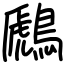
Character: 鷉